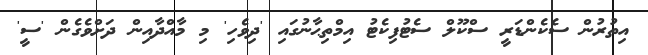
އިތުރުން ސެކެންޑަރީ ސްކޫލް ސެޓުފިކެޓު އިމްތިޙާނުގައި 'ދިވެހި' މި މާއްދާއިން ދަށްވެގެން 'ސީ'